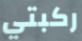
ركبتي